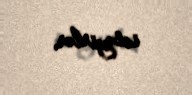
istəyirlər.